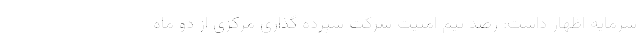
سرمایه اظهار داشت: رصد تیم امنیت شرکت سپرده گذاری مرکزی از دو ماه